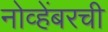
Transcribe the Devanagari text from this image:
नोव्हेंबरची